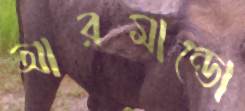
আরমান্ডো